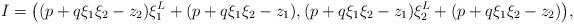
LaTeX: \begin{align*}I = \big( (p + q \xi_1\xi_2 - z_2) \xi_1^L + (p + q \xi_1 \xi_2 - z_1), (p+ q\xi_1 \xi_2 - z_1) \xi_2^L + (p+ q\xi_ 1\xi_2 - z_2) \big), \end{align*}